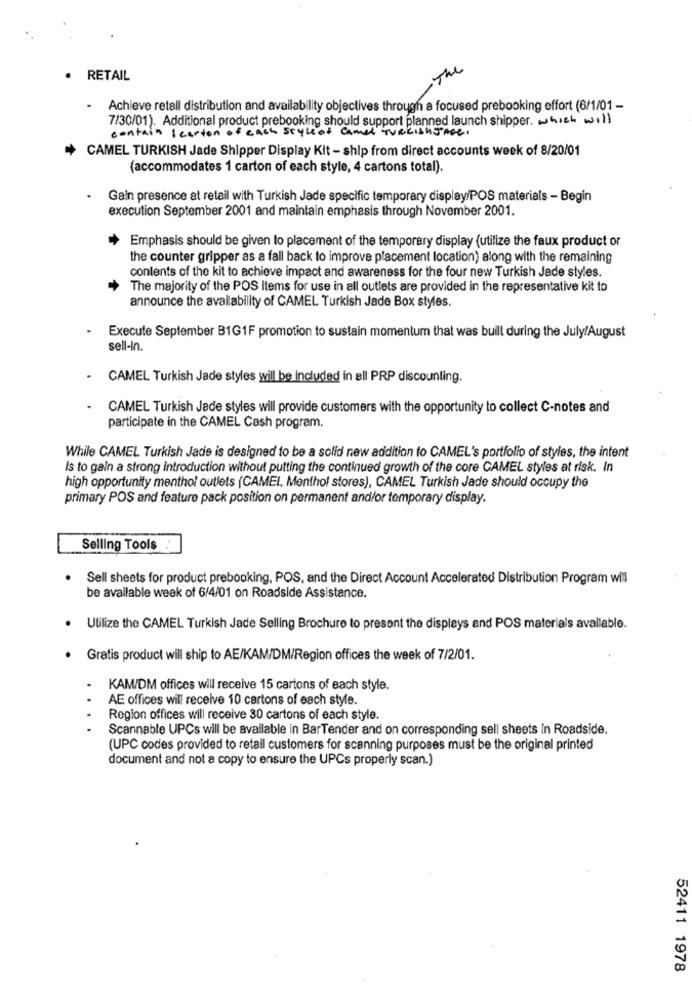
- The
RETAIL
.
Achieve retall distribution and availability objectives through a focused prebooking effort (6/1/01 -
7/30/01). Additional product prebooking should support planned launch shipper. which will
contain scarton of each styleof camel TURKISHSAGE.
CAMEL TURKISH Jade Shipper Display Kit - ship from direct accounts week of 8/20/01
(accommodates 1 carton of each style, 4 cartons total).
Gain presence at retail with Turkish Jade specific temporary display/POS materials - Begin
execution September 2001 and maintain emphasis through November 2001.
Emphasis should be given to placement of the temporary display (utilize the faux product or
the counter gripper as a fall back to improve placement location) along with the remaining
contents of the kit to achieve impact and awareness for the four new Turkish Jade styles.
The majority of the POS items for use in all outlets are provided in the representative kit to
announce the availability of CAMEL Turkish Jade Box styles.
Execute September B1G1F promotion to sustain momentum that was built during the July/August
sell-in.
CAMEL Turkish Jade styles will be Included in all PRP discounting.
CAMEL Turkish Jede styles will provide customers with the opportunity to collect C-notes and
participate in the CAMEL Cash program.
While CAMEL Turkish Jade is designed to be a solid new addition to CAMEL's portfolio of styles, the intent
Is to gain a strong introduction without putting the continued growth of the core CAMEL styles at risk. In
high opportunity menthol outlets (CAMEL, Menthol stores), CAMEL Turkish Jade should occupy the
primary POS and feature pack position on permanent and/or temporary display.
Selling Tools
. Sell sheets for product prebooking, POS, and the Direct Account Accelerated Distribution Program will
be available week of 6/4/01 on Roadside Assistance.
Utilize the CAMEL Turkish Jade Selling Brochure to present the displays and POS materials available.
.
Gratis product will ship to AE/KAM/DM/Region offices the week of 7/2/01.
KAM/DM offices will receive 15 cartons of each style.
..
AE offices will receive 10 cartons of each style.
Region offices will receive 30 cartons of each style.
Scannable UPCs will be available in BarTender and on corresponding sell sheets In Roadside.
(UPC codes provided to retail customers for scanning purposes must be the original printed
document and not a copy to ensure the UPCs properly scan.)
52411 1978